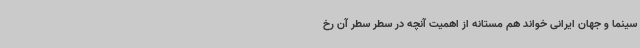
سینما و جهان ایرانی خواند هم مستانه از اهمیت آنچه در سطر سطر آن رخ